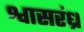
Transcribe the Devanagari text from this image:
श्वासरंध्र